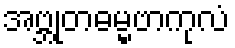
အဗ္ဘုတဓမ္မဗာကုလံ